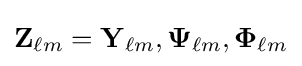
\mathbf {Z} _{\ell m}=\mathbf {Y} _{\ell m},\mathbf {\Psi } _{\ell m},\mathbf {\Phi } _{\ell m}